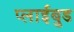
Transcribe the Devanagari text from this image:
प्लाईबुड